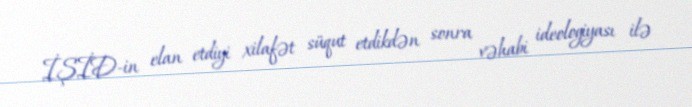
İŞİD-in elan etdiyi xilafət süqut etdikdən sonra vəhabi ideologiyası ilə